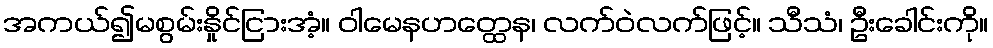
အကယ်၍မစွမ်းနှိုင်ငြားအံ့။ ဝါမေနဟတ္ထေန၊ လက်ဝဲလက်ဖြင့်။ သီသံ၊ ဦးခေါင်းကို။